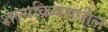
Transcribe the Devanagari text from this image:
शल्यक्रियेमधील